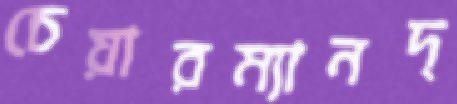
চেয়ারম্যানদ্